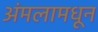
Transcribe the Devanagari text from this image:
अंमलामधून